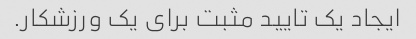
ایجاد یک تایید مثبت برای یک ورزشکار.